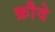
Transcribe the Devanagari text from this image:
क्रौवे